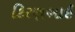
કિરણભાઇ